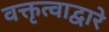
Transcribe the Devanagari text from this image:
वक्तृत्वाद्वारे